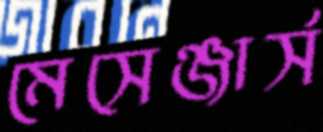
মেসেঞ্জার্স